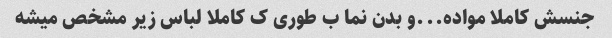
جنسش کاملا مواده...و بدن نما ب طوری ک کاملا لباس زیر مشخص میشه